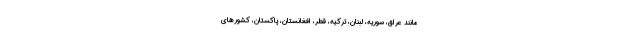
مانند عراق، سوریه، لبنان، ترکیه، قطر، افغانستان، پاکستان، کشورهای